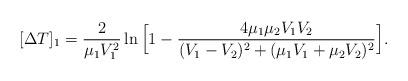
LaTeX: \begin{align*}[\Delta T]_{1} = {2 \over \mu_1 V_1^2 } \ln \Big[ 1 - { 4\mu_1 \mu_2 V_1 V_2 \over (V_1 - V_2)^2 + (\mu_1 V_1 + \mu_2 V_2)^2 }\Big] .\end{align*}